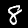
Label: 8